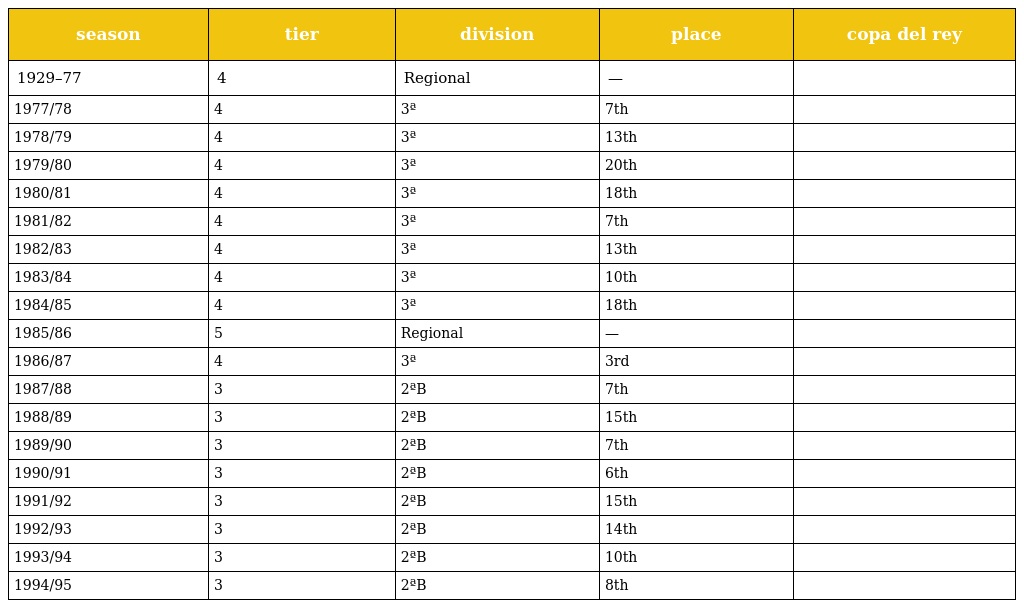
| season | tier | division | place | copa del rey |
 | --- | --- | --- | --- | --- |
 | 1929–77 | 4 | Regional | — |  |
 | 1977/78 | 4 | 3ª | 7th |  |
 | 1978/79 | 4 | 3ª | 13th |  |
 | 1979/80 | 4 | 3ª | 20th |  |
 | 1980/81 | 4 | 3ª | 18th |  |
 | 1981/82 | 4 | 3ª | 7th |  |
 | 1982/83 | 4 | 3ª | 13th |  |
 | 1983/84 | 4 | 3ª | 10th |  |
 | 1984/85 | 4 | 3ª | 18th |  |
 | 1985/86 | 5 | Regional | — |  |
 | 1986/87 | 4 | 3ª | 3rd |  |
 | 1987/88 | 3 | 2ªB | 7th |  |
 | 1988/89 | 3 | 2ªB | 15th |  |
 | 1989/90 | 3 | 2ªB | 7th |  |
 | 1990/91 | 3 | 2ªB | 6th |  |
 | 1991/92 | 3 | 2ªB | 15th |  |
 | 1992/93 | 3 | 2ªB | 14th |  |
 | 1993/94 | 3 | 2ªB | 10th |  |
 | 1994/95 | 3 | 2ªB | 8th |  |